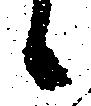
候